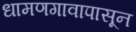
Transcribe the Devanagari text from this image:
धामणगावापासून